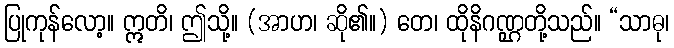
ပြုကုန်လော့။ ဣတိ၊ ဤသို့။ (အာဟ၊ ဆို၏။) တေ၊ ထိုနိဂဏ္ဌတို့သည်။ “သာဓု၊